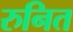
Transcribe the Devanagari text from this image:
रुनित